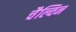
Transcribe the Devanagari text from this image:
चैल्विन